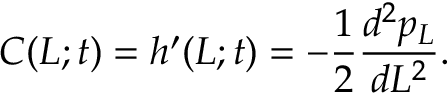
C ( L ; t ) = h ^ { \prime } ( L ; t ) = - \frac { 1 } { 2 } \frac { d ^ { 2 } p _ { L } } { d L ^ { 2 } } .